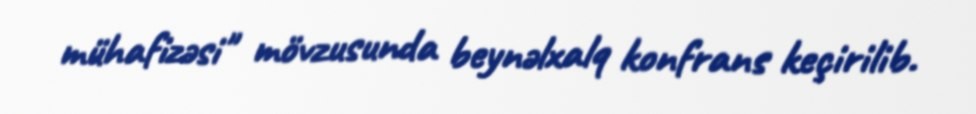
mühafizəsi" mövzusunda beynəlxalq konfrans keçirilib.